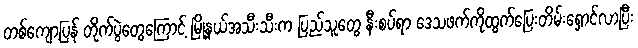
တစ်ကျော့ပြန် တိုက်ပွဲတွေကြောင့် မြို့နယ်အသီးသီးက ပြည်သူတွေ နီးစပ်ရာ ဒေသဖက်ကိုထွက်ပြေးတိမ်းရှောင်လာပြီး